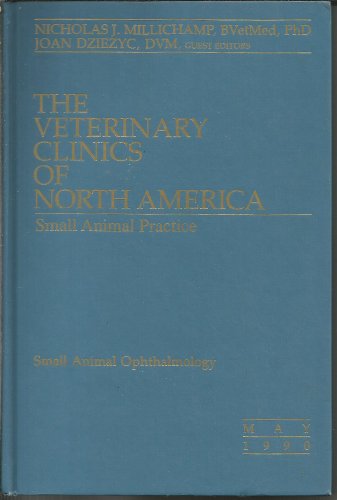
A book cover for Small animal ophthalmology (The veterinary clinics of North America); Medical Books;